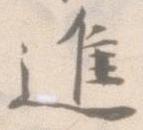
進